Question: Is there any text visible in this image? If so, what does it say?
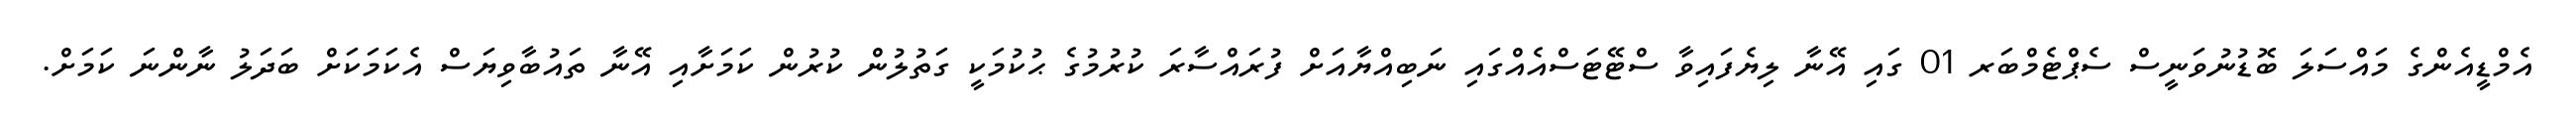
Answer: އެމްޑީއެންގެ މައްސަލަ ބޮޑުނުވަނީސް ސެޕްޓެމްބަރ 01 ގައި އޭނާ ލިޔެފައިވާ ސްޓޭޓަސްއެއްގައި ނަބިއްޔާއަށް ފުރައްސާރަ ކުރުމުގެ ޙުކުމަކީ ގަތުލުން ކުރުން ކަމަށާއި އޭނާ ތައުބާވިޔަސް އެކަމަކަށް ބަދަލު ނާންނަ ކަމަށް.